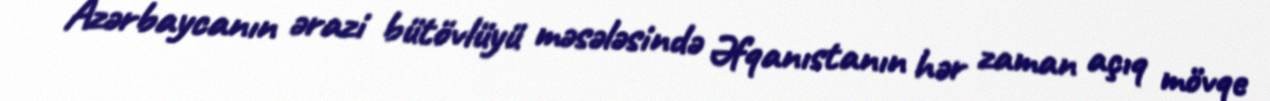
Azərbaycanın ərazi bütövlüyü məsələsində Əfqanıstanın hər zaman açıq mövqe